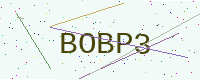
Text: BOBP3